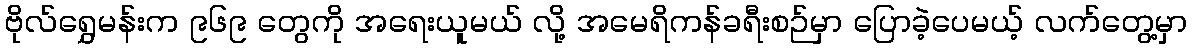
ဗိုလ်ရွှေမန်းက ၉၆၉ တွေကို အရေးယူမယ် လို့ အမေရိကန်ခရီးစဉ်မှာ ပြောခဲ့ပေမယ့် လက်တွေ့မှာ